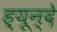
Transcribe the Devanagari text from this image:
ह्यून्दे